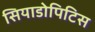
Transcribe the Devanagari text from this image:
सियाडोपिटिस